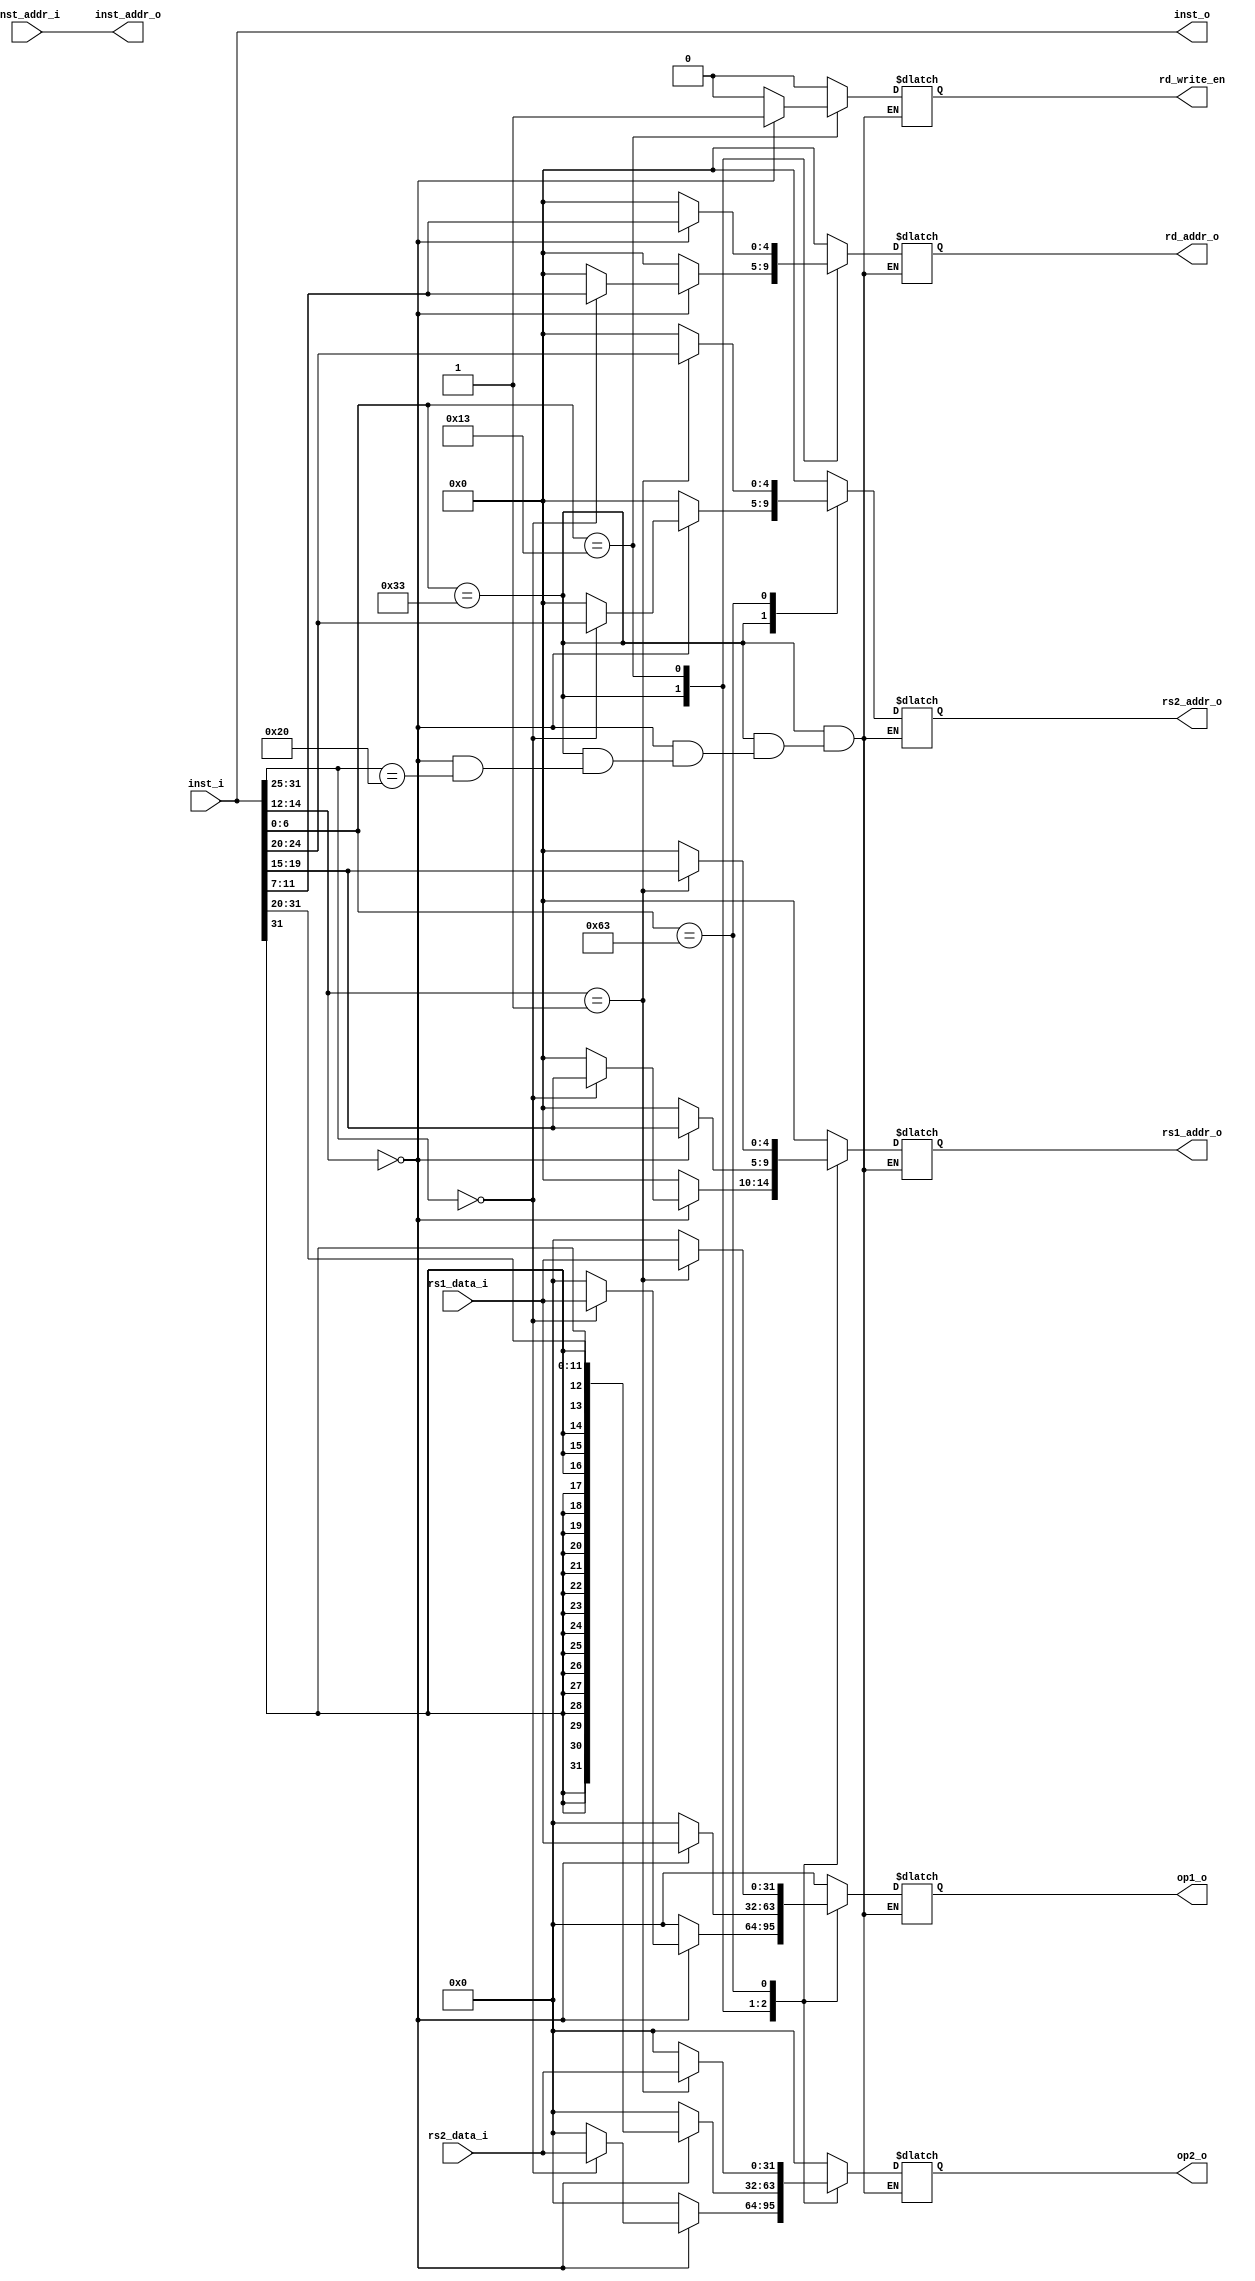
module inst_id(
	input [31:0] inst_i,
	input	[31:0]	inst_addr_i,
	output reg[4:0] rs1_addr_o,
	output reg[4:0] rs2_addr_o,
	input	[31:0] rs1_data_i,
	input	[31:0] rs2_data_i,
	output reg[31:0] inst_o,
	output reg[31:0] inst_addr_o,
	output reg[31:0]	op1_o,
	output reg[31:0]	op2_o,
	output reg[4:0]	rd_addr_o,
	output reg rd_write_en
	
);
	wire[6:0] opcode;
	wire[4:0] rd;
	wire [2:0] func3;
	wire [4:0]	rs1;
	wire [4:0]	rs2;
	wire [11:0] imm;
	wire [6:0] func7;
	
	assign opcode= inst_i[6:0];
	assign rd	=inst_i[11:7];
	assign func3 =inst_i[14:12];
	assign rs1	=inst_i[19:15];
	assign rs2=inst_i[24:20];
	assign imm = inst_i[31:20];
	assign func7=inst_i[31:25];
	
	always @(*)begin
		inst_o=inst_i;
		inst_addr_o=inst_addr_i;
		case(opcode)
			7'b0110011://R type
				begin
					case(func3)
						3'b000: //ADD SUB
							begin
								case(func7)
									7'b0000000://ADD
										begin
											rs1_addr_o=rs1;//rs1
											rs2_addr_o=rs2;//rs2
											op1_o=rs1_data_i;//1 
											op2_o=rs2_data_i;//2
											rd_addr_o = rd;//
											rd_write_en = 1'b0;//
											
										end
									7'b0100000://SUB
										begin

										end
								default:
									begin
										rs1_addr_o = 5'b0;
										rs2_addr_o = 5'b0;
										op1_o = 32'b0;
										op2_o = 32'b0;
										rd_addr_o = 5'b0;
										rd_write_en = 1'b0;
									end
								endcase
							end
						default:
							begin
								rs1_addr_o = 5'b0;
								rs2_addr_o = 5'b0;
								op1_o = 32'b0;
								op2_o = 32'b0;
								rd_addr_o = 5'b0;
								rd_write_en = 1'b0;
							end
					endcase
				end
			7'b0010011:
				begin
					case(func3)
						3'b000: //INST_ADDI
							begin
								rs1_addr_o = rs1;
								rs2_addr_o = 5'b0;
								op1_o = rs1_data_i;
								op2_o = {{20{imm[11]}},imm};//
								rd_addr_o = rd;
								rd_write_en = 1'b1;
							end
						default:
							begin
								rs1_addr_o = 5'b0;
								rs2_addr_o = 5'b0;
								op1_o = 32'b0;
								op2_o = 32'b0;
								rd_addr_o = 5'b0;
								rd_write_en = 1'b0;
							end
					endcase
				end
			7'b1100011:
				begin
					case(func3)
						3'b001://BNE
							begin
								rs1_addr_o=rs1;
								rs2_addr_o=rs2;//
								op1_o=rs1_data_i;//
								op2_o=rs2_data_i;//
								rd_addr_o=0;
								rd_write_en = 1'b0;
							end
						default:
							begin
								rs1_addr_o=0;
								rs2_addr_o=0;
								op1_o=0;
								op2_o=0;
								rd_addr_o=5'b0;
								rd_write_en = 1'b0;
							end
					endcase
				end
			default:
				begin
					rs1_addr_o = 5'b0;
					rs2_addr_o = 5'b0;
					op1_o = 32'b0;
					op2_o = 32'b0;
					rd_addr_o = 5'b0;
					rd_write_en = 1'b0;
				end
				
		endcase
	end	
endmodule